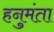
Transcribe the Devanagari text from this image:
हनुमंता